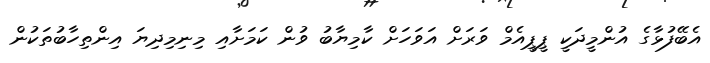
އެބޭފުޅާގެ އުންމީދަކީ ޕީޕީއެމް ވަރަށް އަވަހަށް ކާމިޔާބު ވުން ކަމަށާއި މިނިމިދިޔަ އިންތިހާބުތަކުން